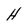
Character: H